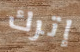
إترك